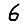
Digit: 6